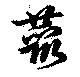
藂